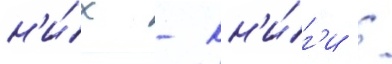
н'и́х - кн'и́г'и /